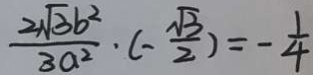
\frac { 2 \sqrt { 3 } b ^ { 2 } } { 3 a ^ { 2 } } \cdot ( - \frac { \sqrt { 3 } } { 2 } ) = - \frac { 1 } { 4 }